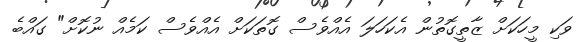
ވަކި މީހަކަށް ޒާތީގޮތުން އެކަހަލަ އެއްވެސް ގޮތަކަށް އެއްވެސް ކަމެއް ނުކޮށް" ގައްބެ